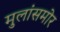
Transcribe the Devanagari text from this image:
मुलांसमोर